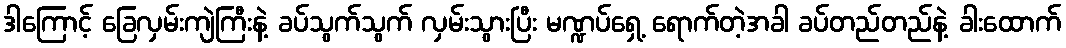
ဒါကြောင့် ခြေလှမ်းကျဲကြီးနဲ့ ခပ်သွက်သွက် လှမ်းသွားပြီး မဏ္ဍပ်ရှေ့ ရောက်တဲ့အခါ ခပ်တည်တည်နဲ့ ခါးထောက်